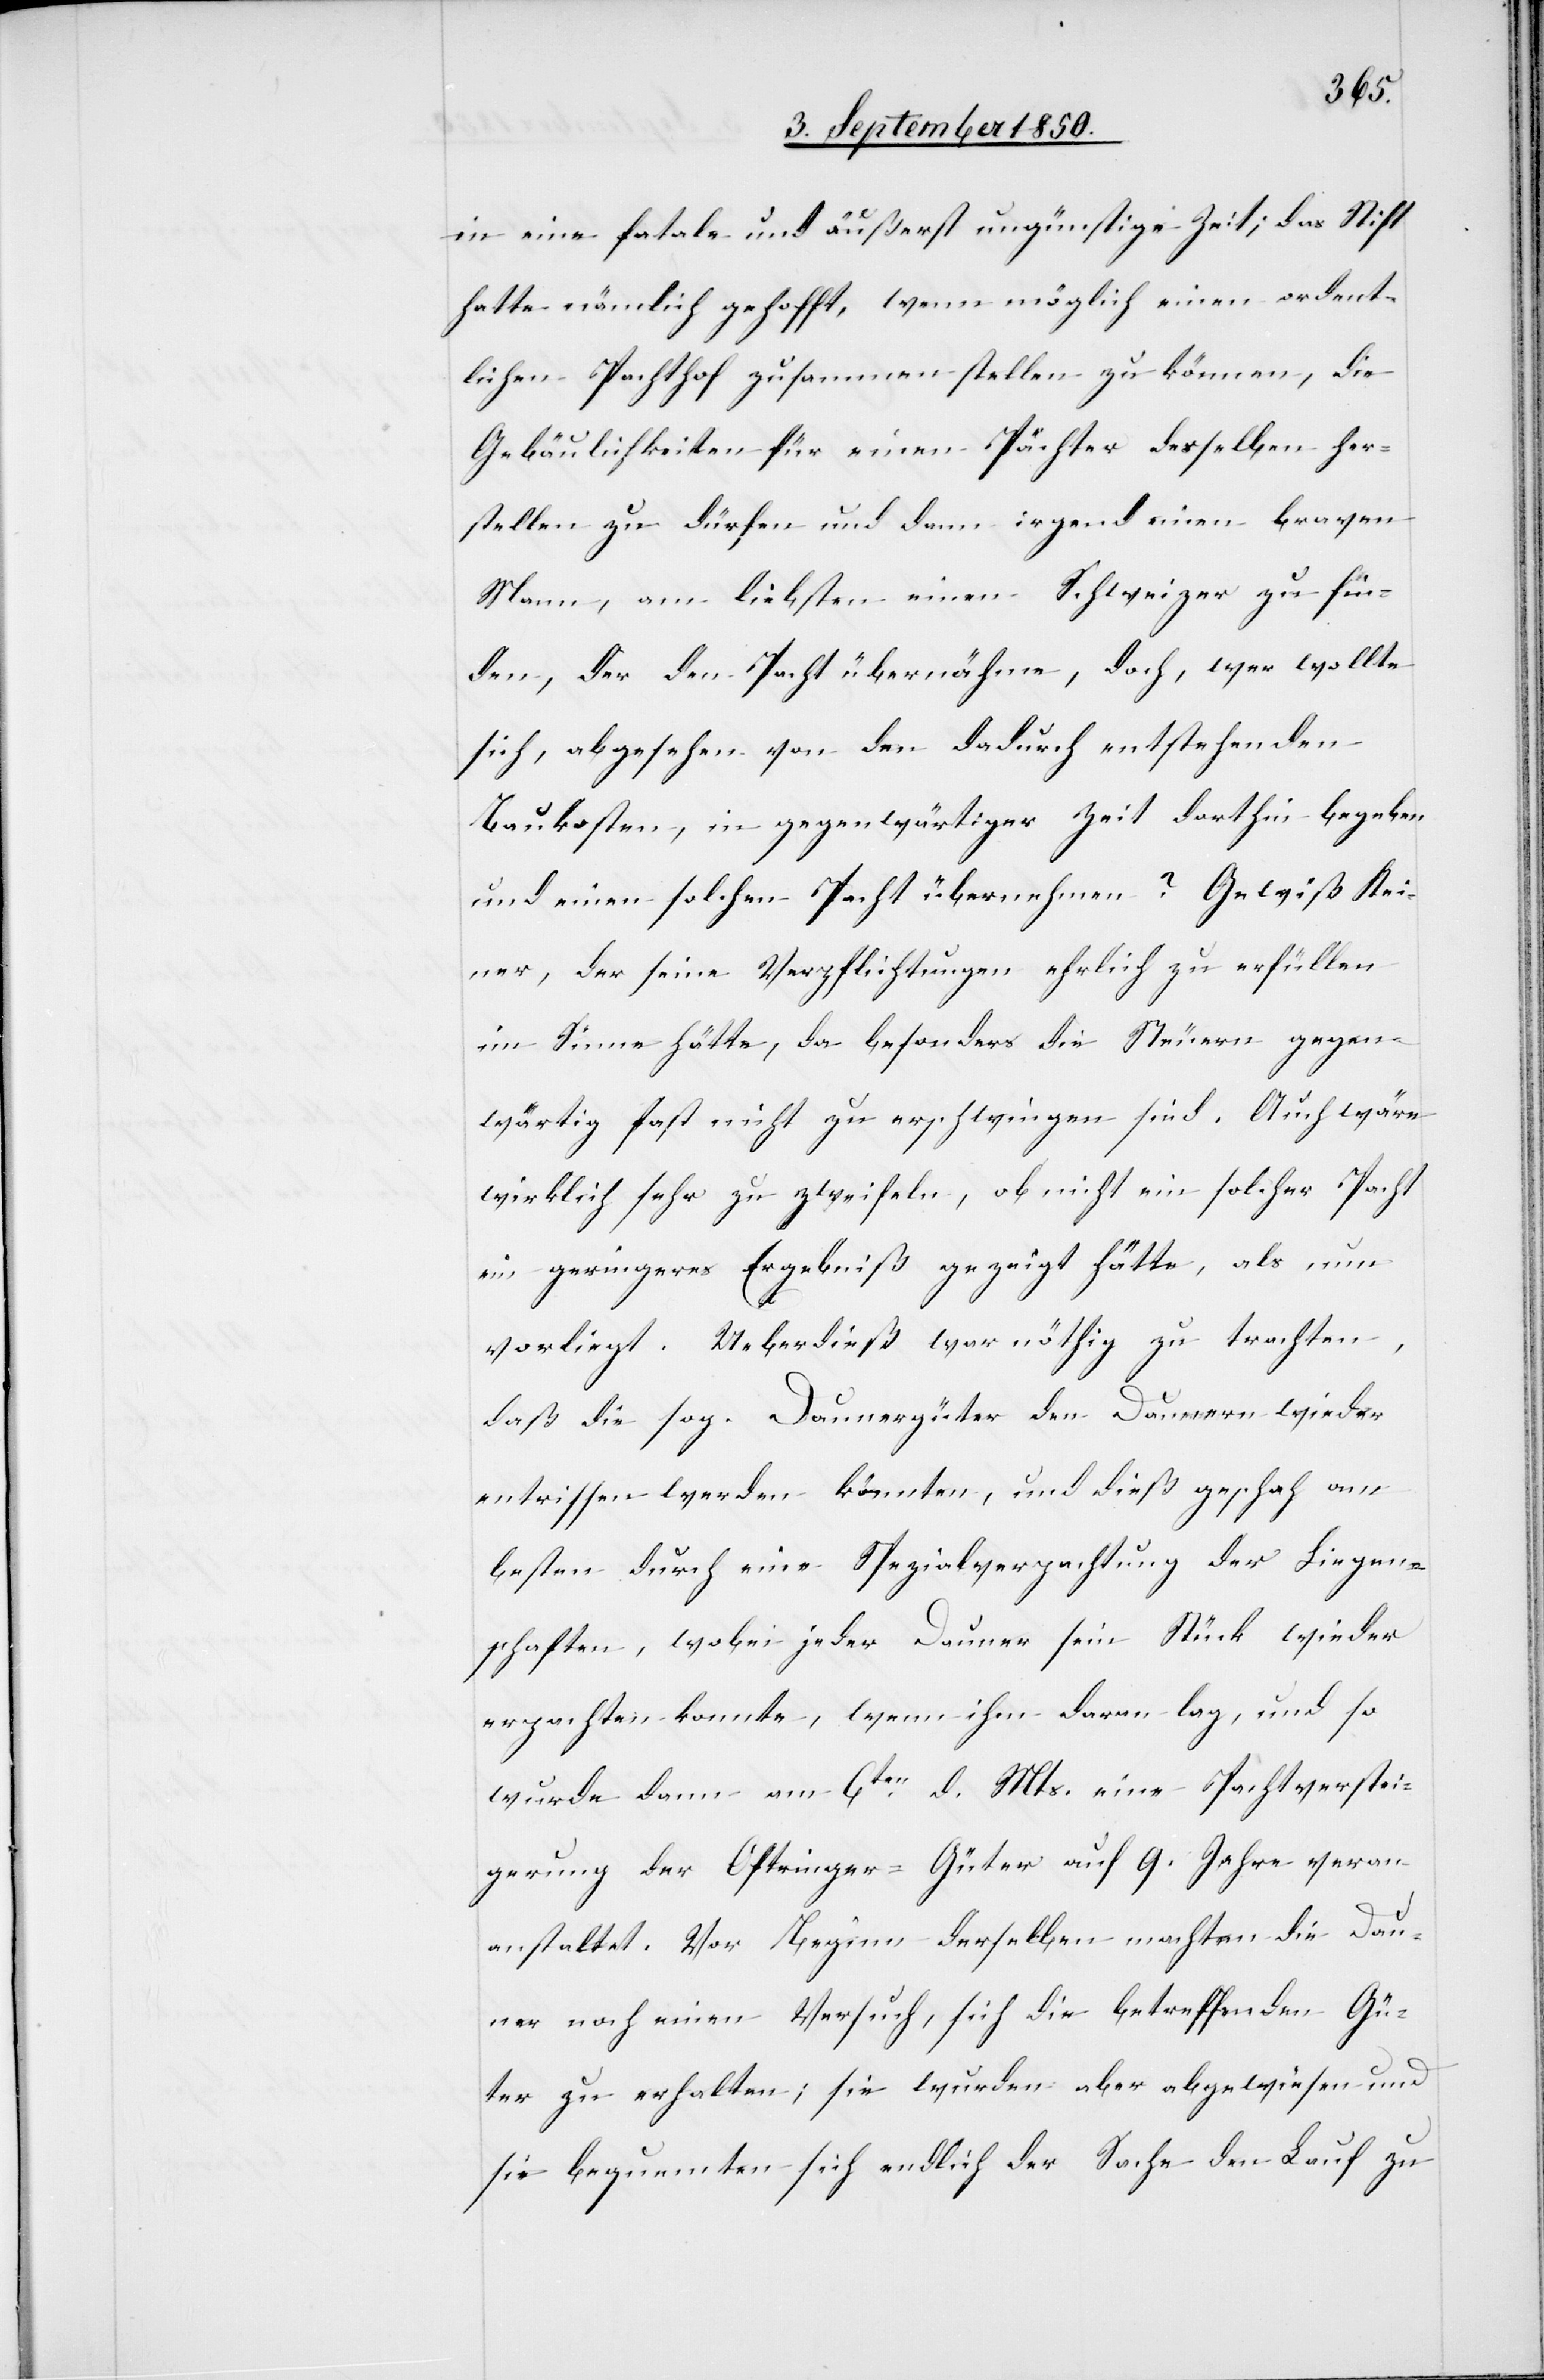
in eine fatale und äußerst ungünstige Zeit; das Stift
hatte nämlich gehofft, wenn möglich einen ordent¬
lichen Pachthof zusammen stellen zu können, die
Gebäulichkeiten für einen Pächter desselben her¬
stellen zu dürfen und dann irgend einen braven
Mann, am liebsten einen Schweizer zu fin¬
den, der den Pacht übernähme, doch, wer wollte
sich, abgesehen von den dadurch entstehenden
Baukosten, in gegenwärtiger Zeit dorthin begeben
und einen solchen Pacht übernehmen? Gewiß Kei¬
ner, der seine Verpflichtungen ehrlich zu erfüllen
im Sinne hätte, da besonders die Steuern gegen¬
wärtig fast nicht zu erschwingen sind. Auch wäre
wirklich sehr zu zweifeln, ob nicht ein solcher Pacht
ein geringeres Ergebniß gezeigt hätte, als nun
vorliegt. Ueberdieß war nöthig zu trachten,
daß die sog. Daunergüter den Daunern wieder
entrissen werden könnten, und dieß geschah am
besten durch eine Spezialverpachtung der Liegen¬
schaften, wobei jeder Dauner sein Stück wieder
erpachten konnte, wenn ihm daran lag, und so
wurde dann am 6ten d. Mts. eine Pachtverstei¬
gerung der Oftringer-Güter auf 9. Jahre ver¬
anstaltet. Vor Beginn derselben machten die Dau¬
ner noch einen Versuch, sich die betreffenden Gü¬
ter zu erhalten; sie wurden aber abgewiesen und
sie bequemten sich endlich der Sache den Lauf zu